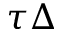
\tau \Delta